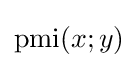
\operatorname {pmi} (x;y)